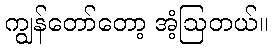
ကျွန်တော်တော့ အံ့ဩတယ်။